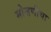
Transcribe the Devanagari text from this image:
मोजणीचा